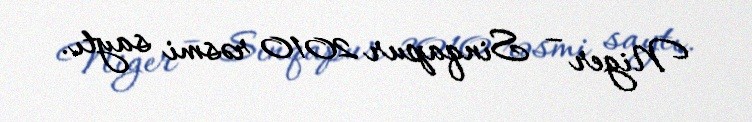
Niger – Sinqapur 2010 rəsmi saytı.